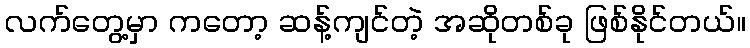
လက်တွေ့မှာ ကတော့ ဆန့်ကျင်တဲ့ အဆိုတစ်ခု ဖြစ်နိုင်တယ်။